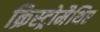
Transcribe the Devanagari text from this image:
क्रिस्ट्रोमैथिए